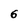
Character: 6